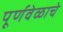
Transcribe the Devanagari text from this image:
पूर्णवेळाचे